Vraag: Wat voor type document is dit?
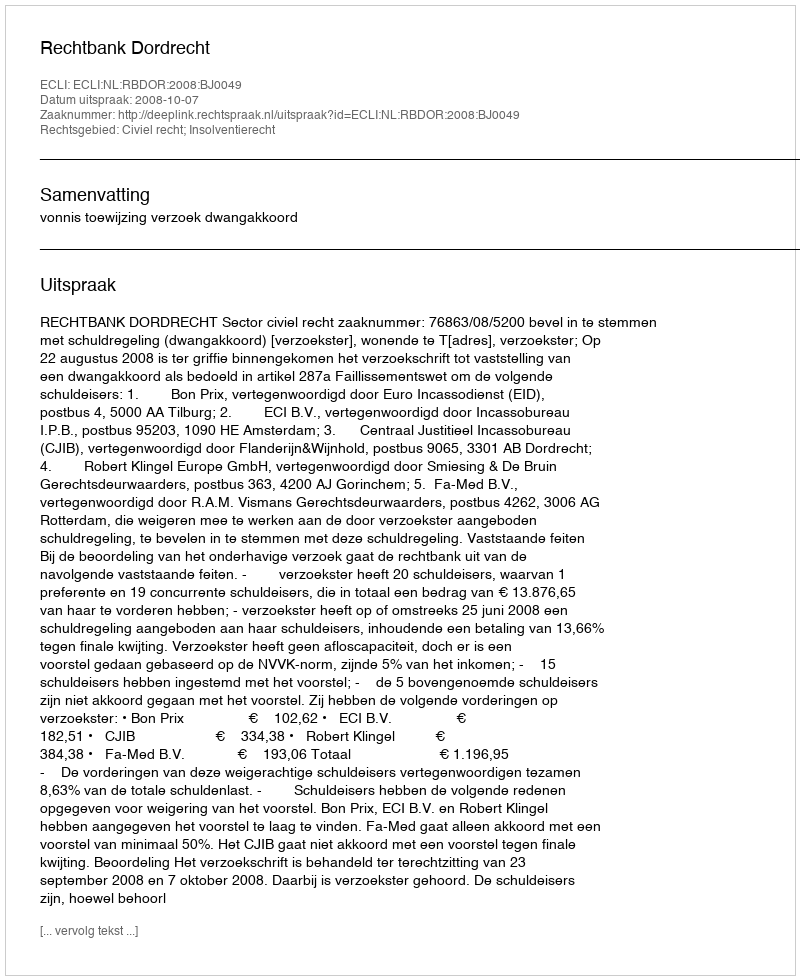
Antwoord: Uitspraak